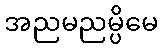
အညမညမ္ပိမေ